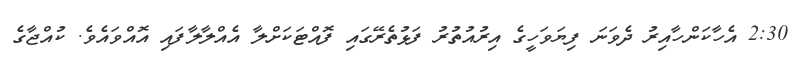
2:30 އެހާކަންހާއިރު ދެވަނަ ފިޔަވަހީގެ އިރުއުތުރު ފަޅުތެރޭގައި ފޮއްޓަކަށްލާ އެއްލާލާފައި އޮއްވައެވެ. ކުއްޖާގެ